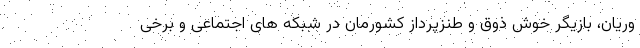
وریان، بازیگر خوش ذوق و طنزپرداز کشورمان در شبکه های اجتماعی و برخی